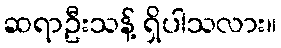
ဆရာဦးသန့် ရှိပါသလား။